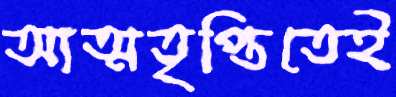
আত্মতৃপ্তিতেই